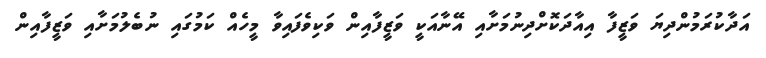
އަދާކުރަމުންދިޔަ ވަޒީފާ އިއާދަކޮށްދިނުމަށާއި އޭނާއަކީ ވަޒީފާއިން ވަކިވެފައިވާ މީހެއް ކަމުގައި ނުބެލުމަށާއި ވަޒީފާއިން